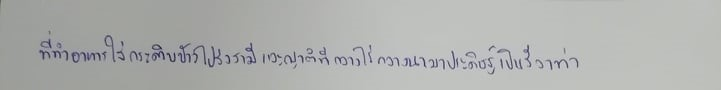
ที่นำอาหารใส่กระติบข้าวไปส่งสามีและญาติที่กลางไร่กลางนามาประดิษฐ์เป็นลีลาท่า